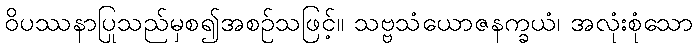
ဝိပဿနာပြုသည်မှစ၍အစဉ်သဖြင့်။ သဗ္ဗသံယောဇနက္ခယံ၊ အလုံးစုံသော